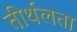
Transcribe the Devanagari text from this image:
तीर्थलता